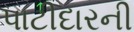
પાટીદારની